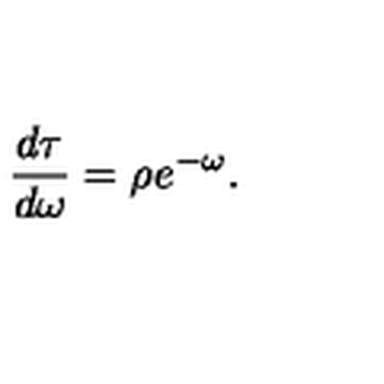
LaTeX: \frac { d \tau } { d \omega } = \rho e ^ { - \omega } .